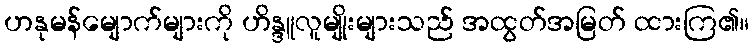
ဟနုမန်မျောက်များကို ဟိန္ဒူလူမျိုးများသည် အထွတ်အမြတ် ထားကြ၏။